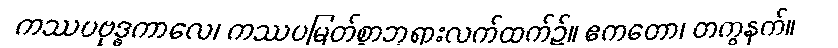
ကဿပဗုဒ္ဓကာလေ၊ ကဿပမြတ်စွာဘုရားလက်ထက်၌။ ဧကတော၊ တကွနက်။